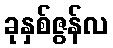
ခုနှစ်ဇွန်လ